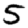
Digit: 5